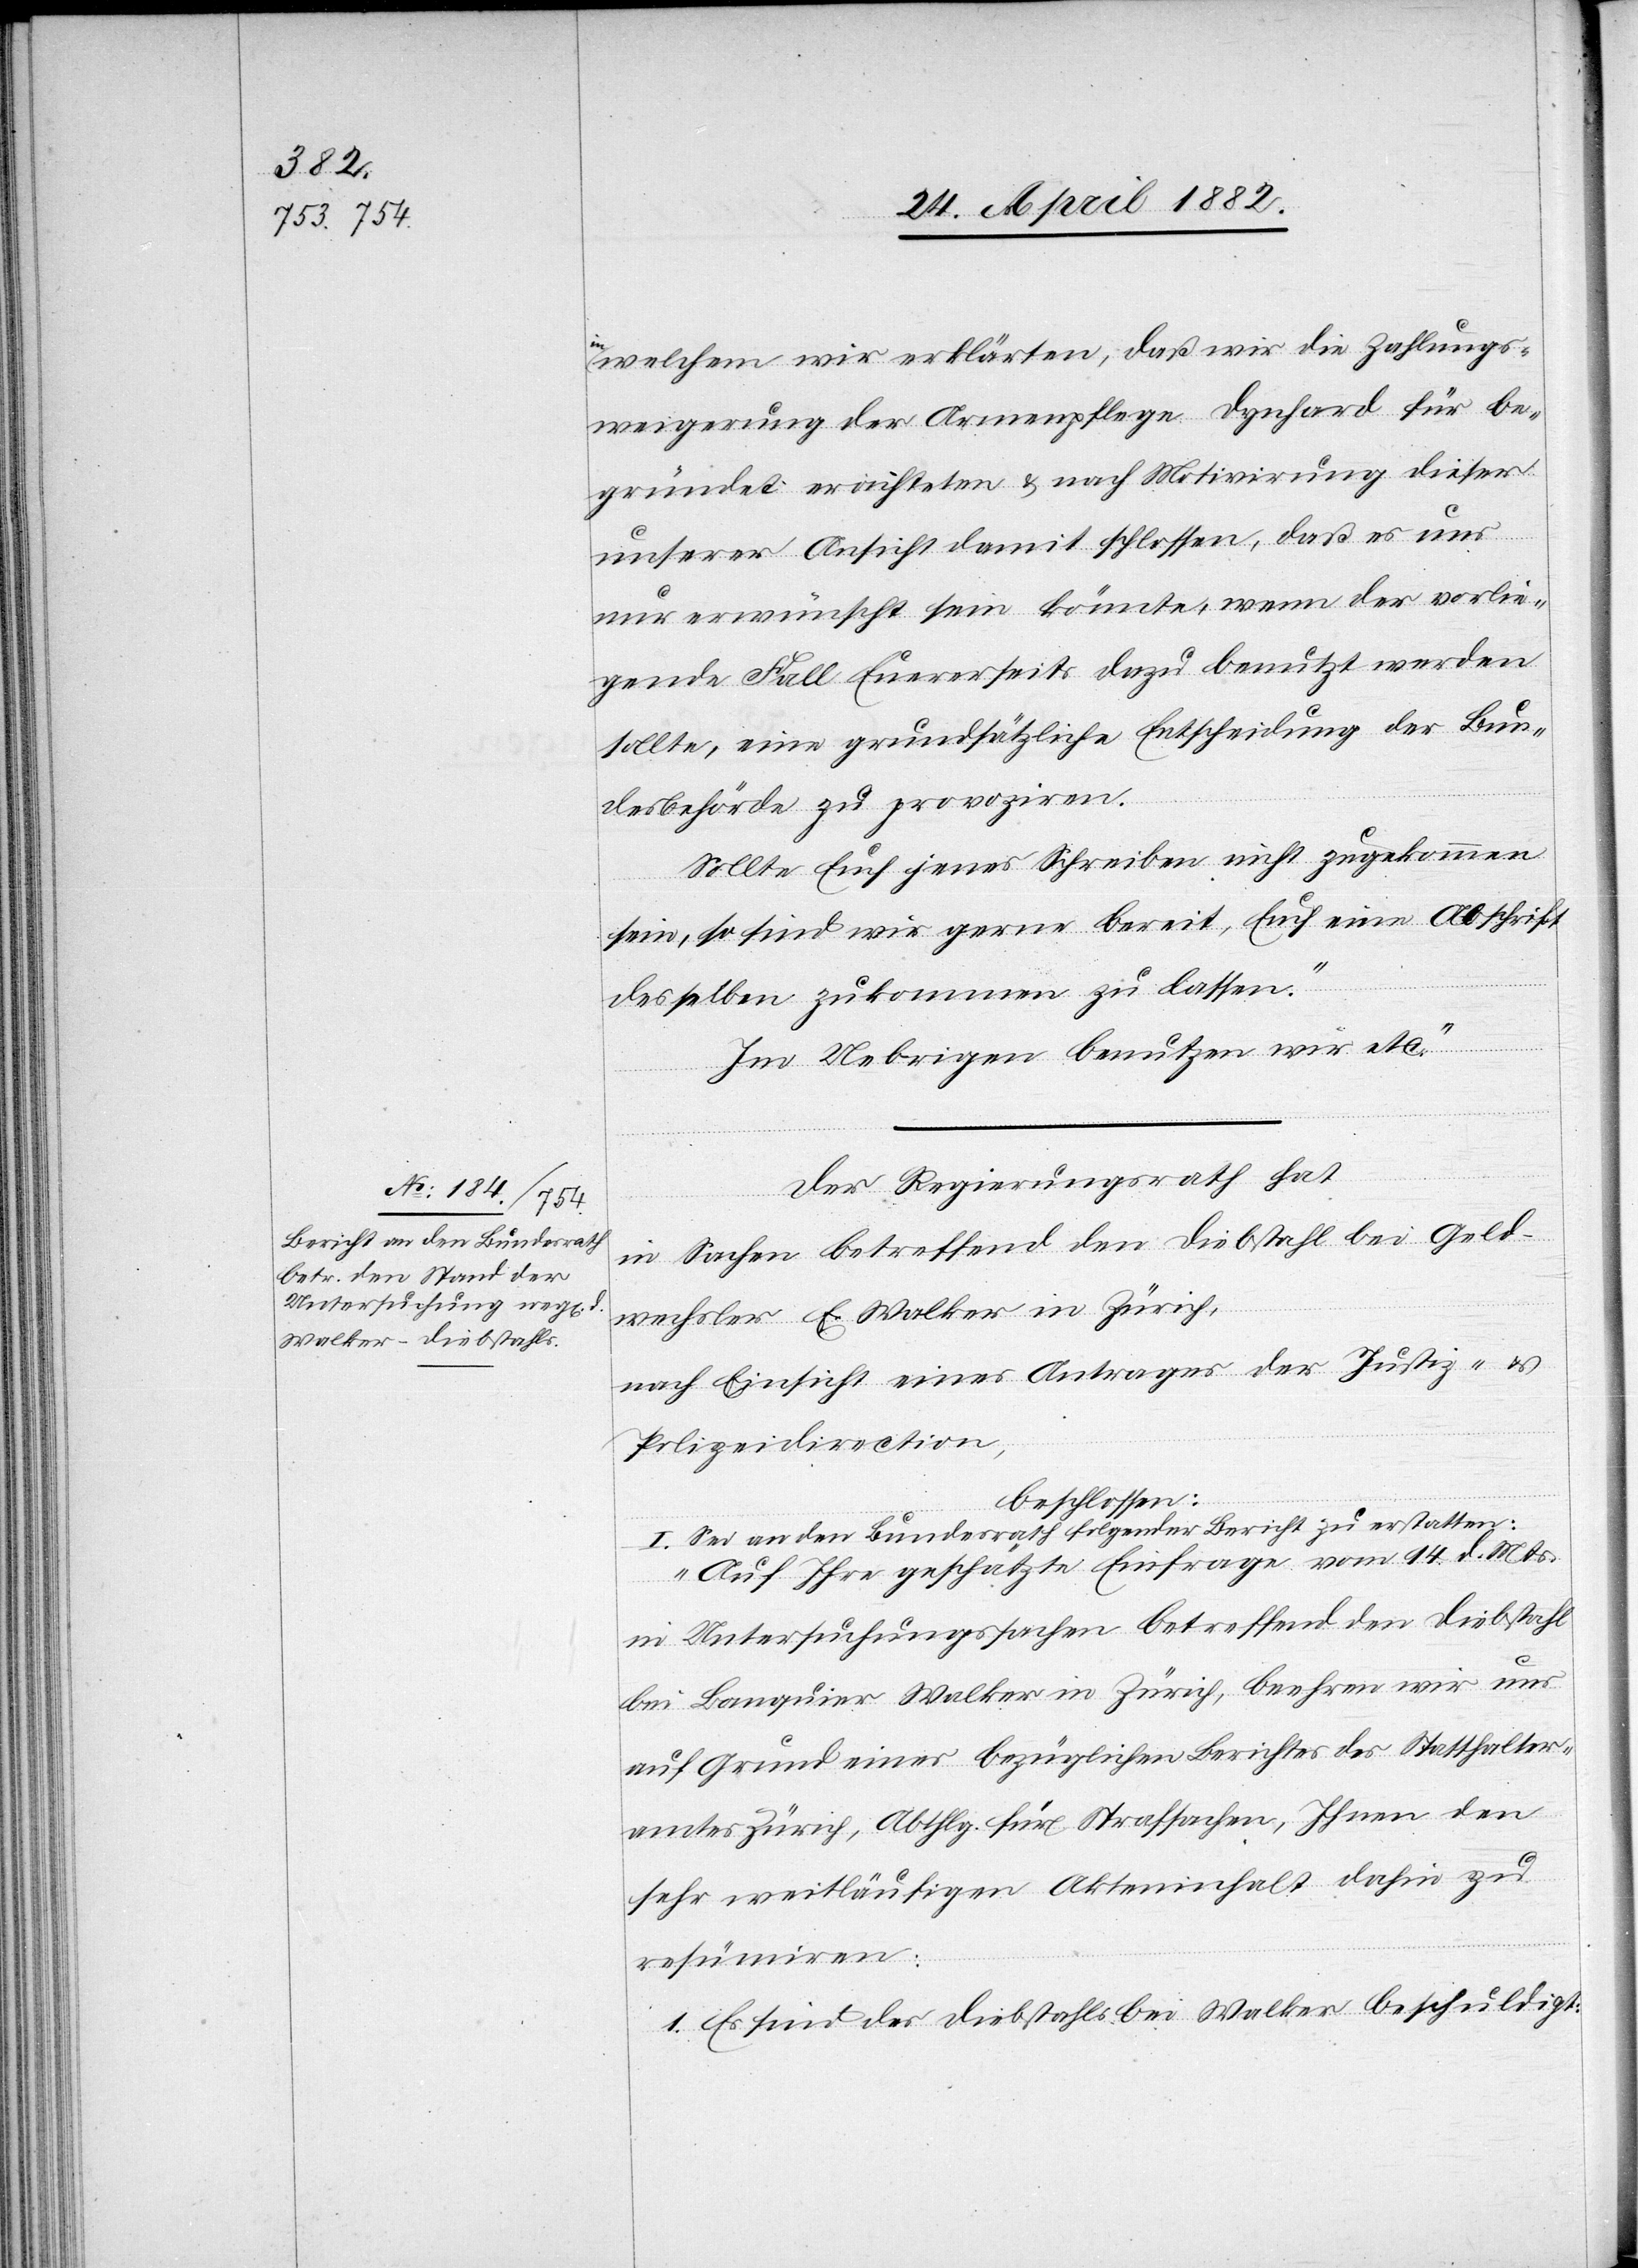
24. April 1882.]
welchem wir erklären, daß wir die Zahlungs¬
weigerung der Armenpflege Dynhard für be¬
gründet erachteten & nach Motivirung dieser
ver¬
unserer Ansicht damit schlossen, daß es uns
nur erwünscht sein könnte, wenn der vorlie¬
gende Fall Eurerseits dazu benutzt werden
sollte, eine grundsätzliche Entscheidung der Bun¬
desbehörde zu provoziren.
Sollte Euch jenes Schreiben nicht zugekommen
sein, so sind wir gerne bereit, Euch eine Abschrift
desselben zukommen zu lassen.
Im Uebrigen benutzen wir etc.“
Der Regierungsrath hat
in Sachen betreffend den Diebstahl bei Geld¬
wechsler E. Walker in Zürich,
nach Einsicht eines Antrages der Justiz- &
Polizeidirection,
beschlossen:
I. Sei an den Bundesrath folgender Bericht zu erstatten:
„Auf Ihre geschätzte Einfrage vom 14. d. Mts.
in Untersuchungssachen betreffend den Diebstahl
bei Banquier Walker in Zürich, beehren wir uns
auf Grund eines bezüglichen Berichtes des Statthalter¬
amtes Zürich, Abthlg. für Strafsachen, Ihnen den
sehr weitläufigen Akteninhalt dahin zu
resümiren:
1. Es sind des Diebstahls bei Walker beschuldigt: